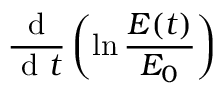
\frac { \textrm { d } } { \textrm { d } t } \left( \ln \frac { E ( t ) } { E _ { 0 } } \right)